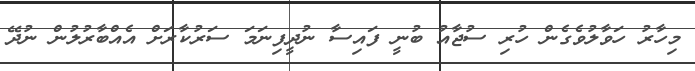
މިހާރު ހަވާލުވެގެން ހުރި ސުޖާއު ބުނީ ފައިސާ ނުދީފިނަމަ ސަރުކާރަށް އެއްބާރުލުން ނުދޭ